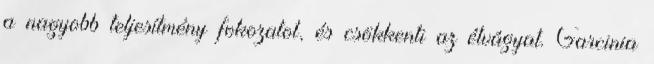
a nagyobb teljesítmény fokozatot, és csökkenti az étvágyat. Garcinia